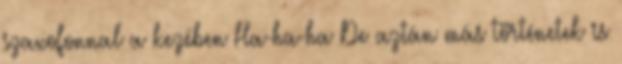
szaxofonnal a kezében Ha-ha-ha De aztán más történetek is